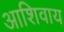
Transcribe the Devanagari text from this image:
आशिवाय